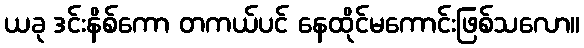
ယခု ဒင်းနိစ်ကော တကယ်ပင် နေထိုင်မကောင်းဖြစ်သလော။